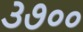
૩૭૦૦